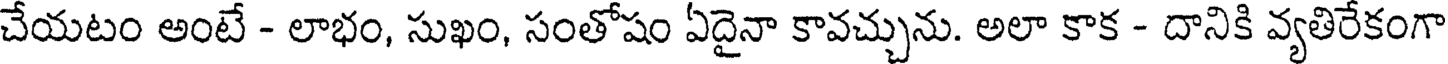
చేయటం అంటే - లాభం, సుఖం, సంతోషం ఏదైనా కావచ్చును. అలా కాక - దానికి వ్యతిరేకంగా